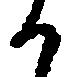
か